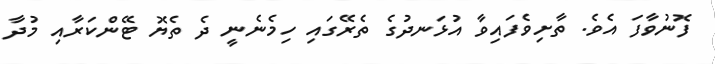
ފޮނުވާފަ އެވެ. ތާށިވެފައިވާ އުޅަނދުގެ ތެރޭގައި ހިމެނެނީ ދެ ތެޔޮ ޓޭންކަރާއި މުދާ